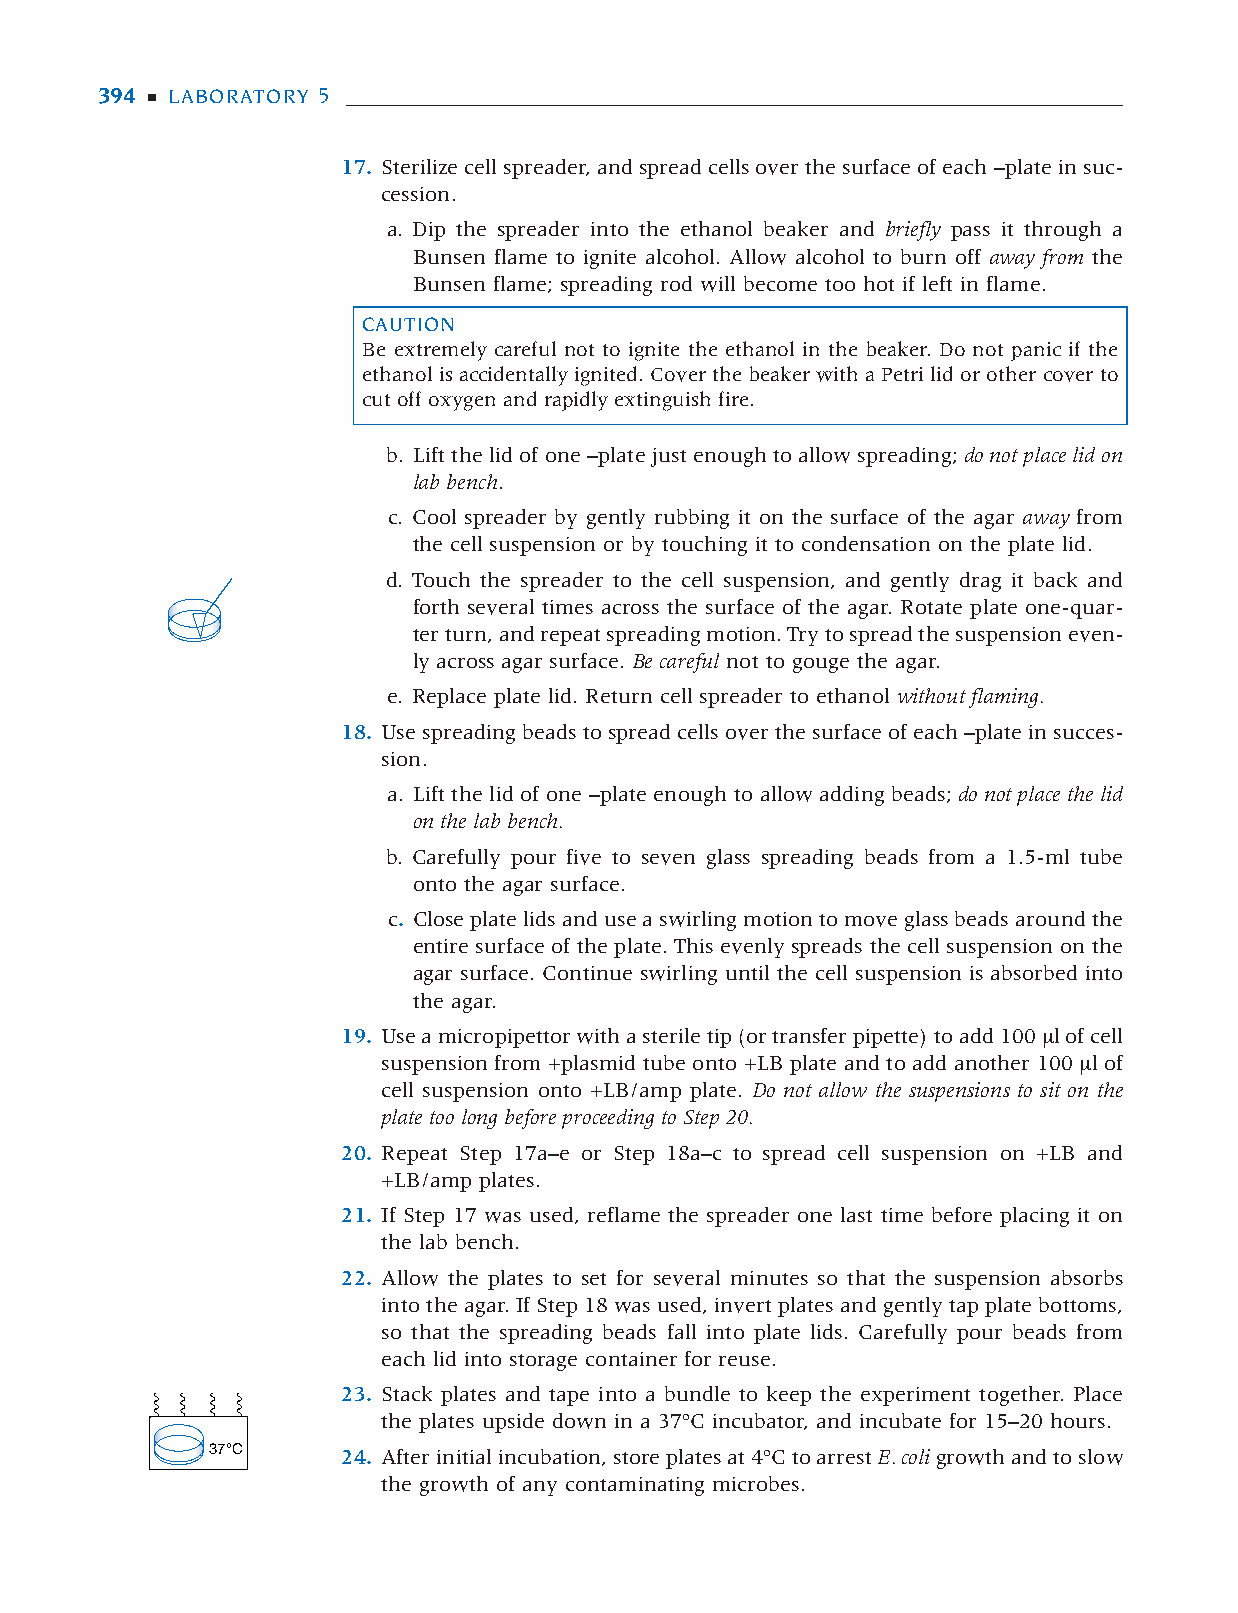
385-398 DNA Sci Lab 05 11/9/05 1:39 PM Page 394
 394 ■ LABORATORY 5
 17. Sterilize cell spreader, and spread cells over the surface of each –plate in suc-
 cession.
 a. Dip the spreader into the ethanol beaker and briefly pass it through a
 Bunsen flame to ignite alcohol. Allow alcohol to burn off away from the
 Bunsen flame; spreading rod will become too hot if left in flame.
 CAUTION
 Be extremely careful not to ignite the ethanol in the beaker. Do not panic if the
 ethanol is accidentally ignited. Cover the beaker with a Petri lid or other cover to
 cut off oxygen and rapidly extinguish fire.
 b. Lift the lid of one –plate just enough to allow spreading; do not place lid on
 lab bench.
 c. Cool spreader by gently rubbing it on the surface of the agar away from
 the cell suspension or by touching it to condensation on the plate lid.
 d. Touch the spreader to the cell suspension, and gently drag it back and
 forth several times across the surface of the agar. Rotate plate one-quar-
 ter turn, and repeat spreading motion. Try to spread the suspension even-
 ly across agar surface. Be careful not to gouge the agar.
 e. Replace plate lid. Return cell spreader to ethanol without flaming.
 18. Use spreading beads to spread cells over the surface of each –plate in succes-
 sion.
 a. Lift the lid of one –plate enough to allow adding beads; do not place the lid
 on the lab bench.
 b. Carefully pour five to seven glass spreading beads from a 1.5-ml tube
 onto the agar surface.
 c. Close plate lids and use a swirling motion to move glass beads around the
 entire surface of the plate. This evenly spreads the cell suspension on the
 agar surface. Continue swirling until the cell suspension is absorbed into
 the agar.
 19. Use a micropipettor with a sterile tip (or transfer pipette) to add 100 µl of cell
 suspension from +plasmid tube onto +LB plate and to add another 100 µl of
 cell suspension onto +LB/amp plate. Do not allow the suspensions to sit on the
 plate too long before proceeding to Step 20.
 20. Repeat Step 17a–e or Step 18a–c to spread cell suspension on +LB and
 +LB/amp plates.
 21. If Step 17 was used, reflame the spreader one last time before placing it on
 the lab bench.
 22. Allow the plates to set for several minutes so that the suspension absorbs
 into the agar. If Step 18 was used, invert plates and gently tap plate bottoms,
 so that the spreading beads fall into plate lids. Carefully pour beads from
 each lid into storage container for reuse.
 23. Stack plates and tape into a bundle to keep the experiment together. Place
 the plates upside down in a 37ºC incubator, and incubate for 15–20 hours.
 37°C
 24. After initial incubation, store plates at 4ºC to arrest E. coligrowth and to slow
 the growth of any contaminating microbes.